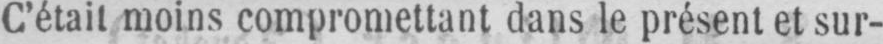
C’était moins compromettant dans le présent et sur-